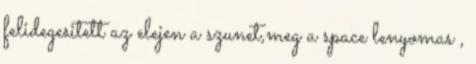
felidegesitett az elejen a szunet,meg a space lenyomas ,